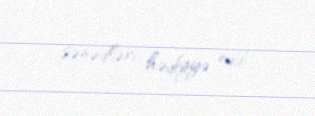
sənədləri hədiyyə edib.